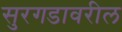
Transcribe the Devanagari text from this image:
सुरगडावरील